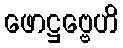
ဖောဋ္ဌဗ္ဗေဟိ